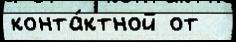
конта́ктной от